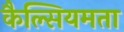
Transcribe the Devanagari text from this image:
कैल्सियमता